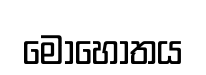
මොහොතය